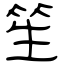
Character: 笙